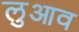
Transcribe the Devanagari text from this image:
लुआव